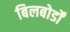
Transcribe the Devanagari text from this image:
बिलबोर्डों